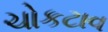
ચોકટાવ